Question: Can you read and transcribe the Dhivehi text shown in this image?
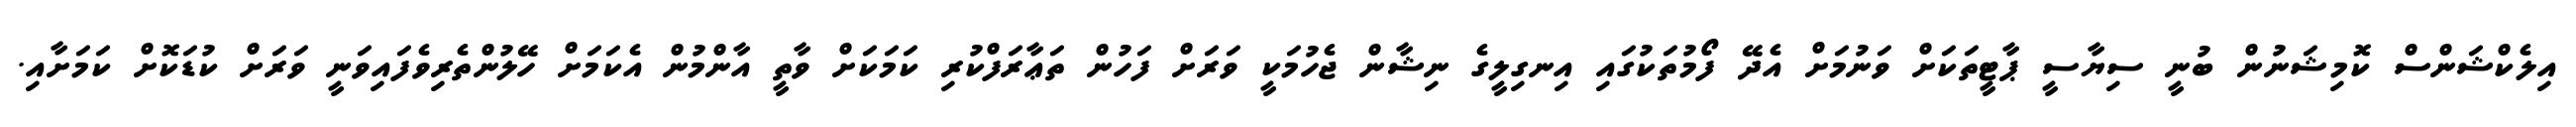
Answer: އިލެކްޝަންސް ކޮމިޝަނުން ބުނީ ސިޔާސީ ޕާޓީތަކަށް ވަނުމަށް އެދޭ ފޯމުތަކުގައި އިނގިލީގެ ނިޝާން ޖެހުމަކީ ވަރަށް ފަހުން ތަޢާރަފްކުރި ކަމަކަށް ވާތީ އާންމުން އެކަމަށް ހޭލުންތެރިވެފައިވަނީ ވަރަށް ކުޑަކޮށް ކަމަށާއި.